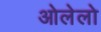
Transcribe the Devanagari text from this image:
ओलेलो